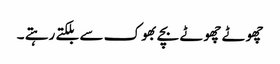
چھوٹے چھوٹے بچے بھوک سے بلکتے رہتے ۔